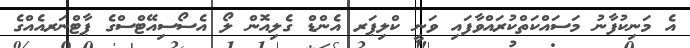
އެ މަނިކުފާނު މަސައްކަތްކުރައްވާފައި ވަނީ ކްލިޕަރ އެންޑް ގެލިއޮން ލޯ އެސޯސިއޭޓްސްގެ ޕާޓްނަރއެއްގެ